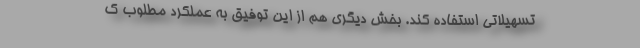
تسهیلاتی استفاده کند. بخش دیگری هم از این توفیق به عملکرد مطلوب ک